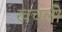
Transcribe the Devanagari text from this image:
खचली